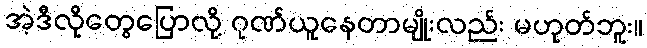
အဲ့ဒီလိုတွေပြောလို့ ဂုဏ်ယူနေတာမျိုးလည်း မဟုတ်ဘူး။